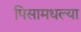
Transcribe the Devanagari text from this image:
पिसामधल्या